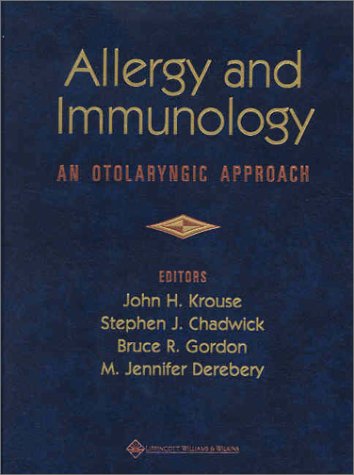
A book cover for Allergy and Immunology: An Otolaryngic Approach; John H. Krouse; Health, Fitness & Dieting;